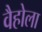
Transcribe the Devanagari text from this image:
वैहोला